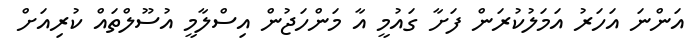
އަންނަ އަހަރު އަމަލުކުރަން ފަށާ ގައުމީ އާ މަންހަޖުން އިސްލާމީ އުސޫލްތައް ކުރިއަށް